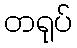
တရုပ်